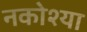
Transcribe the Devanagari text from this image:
नकोश्या